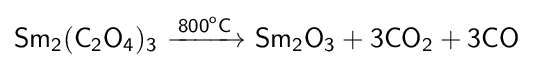
{\mathsf {Sm_{2}(C_{2}O_{4})_{3}\ {\xrightarrow {800^{o}C}}\ Sm_{2}O_{3}+3CO_{2}+3CO}}